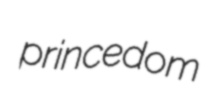
princedom